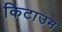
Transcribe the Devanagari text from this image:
किटाउम